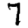
Digit: 7